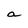
Character: a